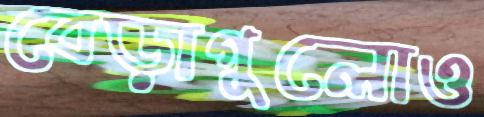
বেড়াগুলোও